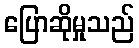
ပြောဆိုမှုသည်